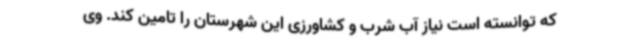
که توانسته است نیاز آب شرب و کشاورزی این شهرستان را تامین کند. وی